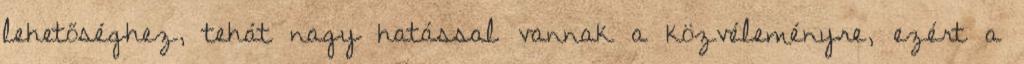
lehetőséghez, tehát nagy hatással vannak a közvéleményre, ezért a